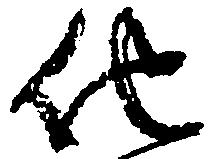
他